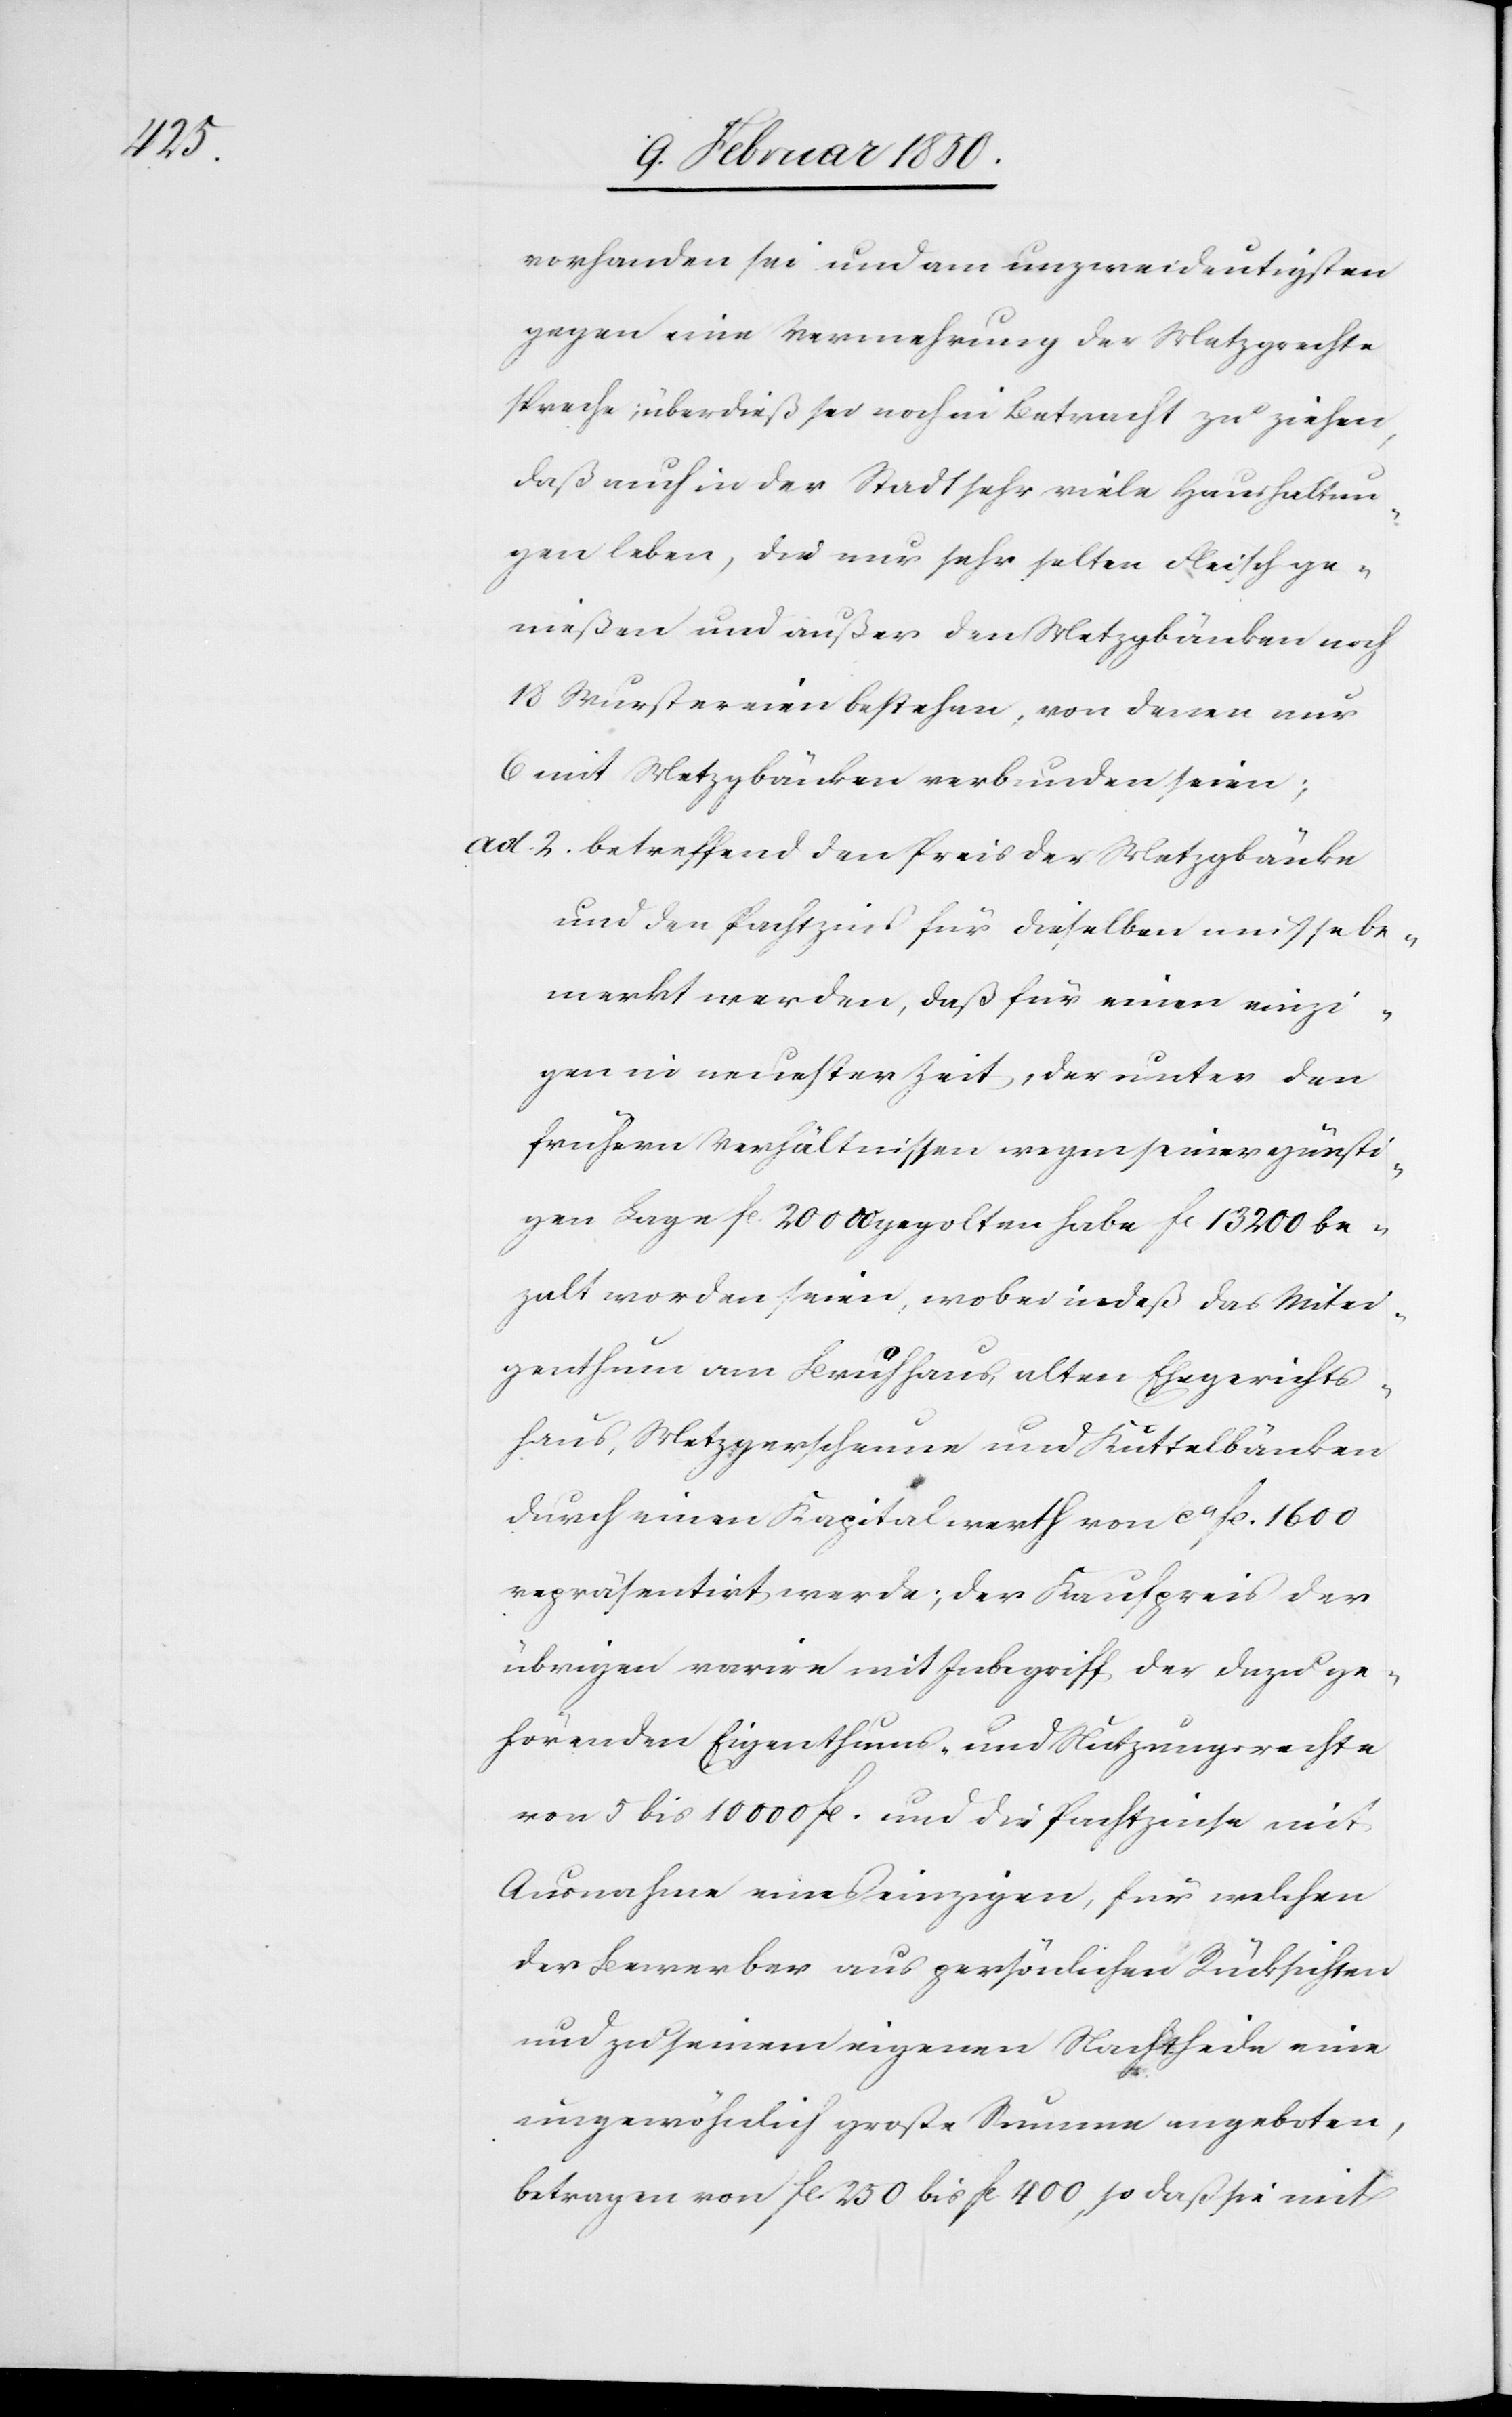
vorhanden sei und am unzweideutigsten
gegen eine Vermehrung der Metzgrechte
spreche; überdieß sei noch in Betracht zu ziehen,
daß auch in der Stadt sehr viele Haushaltun¬
gen leben, die nur sehr selten Fleisch ge¬
nießen und außer den Metzgbänken noch
18 Wurstereien bestehen, von denen nur
6 mit Metzgbänken verbunden seien;
ad. 2. betreffend den Preis der Metzgbänke
und den Pachtzins für dieselben müsse be¬
merkt werden, daß für einen einzi¬
gen in neuester Zeit, der unter den
frühern Verhältnissen wegen seiner günsti¬
gen Lage fl. 20000 gegolten habe fl 13200 be¬
zalt worden seien, wobei indeß das Mitei¬
genthum am Brühhaus, alten Ehegerichts¬
haus, Metzgerscheune und Küttelbänken
durch einen Kapitalwerth von ca fl. 1600
repräsentirt werde; der Kaufpreis der
übrigen varire mit Inbegriff der dazu ge¬
hörenden Eigenthums- und Nutzungsrechte
von 5 bis 10000 fl. und die Pachtzinse mit
Ausnahme eines einzigen, für welchen
der Bewerber aus persönlichen Rücksichten
und zu seinem eigenen Nachtheile eine
ungewöhnlich große Summe angeboten,
betragen von fl. 250 bis fl 400, so daß sie mit